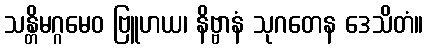
သန္တိမဂ္ဂမေဝ ဗြူဟယ၊ နိဗ္ဗာနံ သုဂတေန ဒေသိတံ။